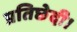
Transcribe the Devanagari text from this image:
प्रतिछेदी।